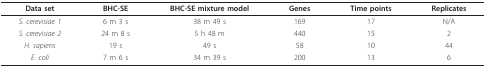
<table><thead><tr><td><b>Data set</b></td><td><b>BHC-SE</b></td><td><b>BHC-SE mixture model</b></td><td><b>Genes</b></td><td><b>Time points</b></td><td><b>Replicates</b></td></tr></thead><tbody><tr><td><i>S. cerevisiae 1</i></td><td>6 m 3 s</td><td>38 m 49 s</td><td>169</td><td>17</td><td>N/A</td></tr><tr><td><i>S. cerevisiae 2</i></td><td>24 m 8 s</td><td>5 h 48 m</td><td>440</td><td>15</td><td>2</td></tr><tr><td><i>H. sapiens</i></td><td>19 s</td><td>49 s</td><td>58</td><td>10</td><td>44</td></tr><tr><td><i>E. coli</i></td><td>7 m 6 s</td><td>34 m 39 s</td><td>200</td><td>13</td><td>6</td></tr></tbody></table>